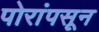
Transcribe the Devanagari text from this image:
पोरांपसून